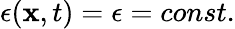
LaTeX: \epsilon(\mathbf{x},t)=\epsilon=const.